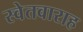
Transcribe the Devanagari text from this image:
स्वेतवाराह